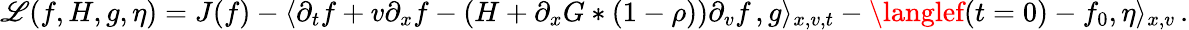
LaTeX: \mathscr{L}(f,H,g,\eta)=J(f)-\langle\partial_{t}f+v\partial_{x}f-(H+\partial_{x}G\ast(1-\rho))\partial_{v}f\, ,g\rangle_{x,v,t}-\langlef(t=0)-f_{0},\eta\rangle_{x,v}\, .